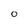
Character: 0